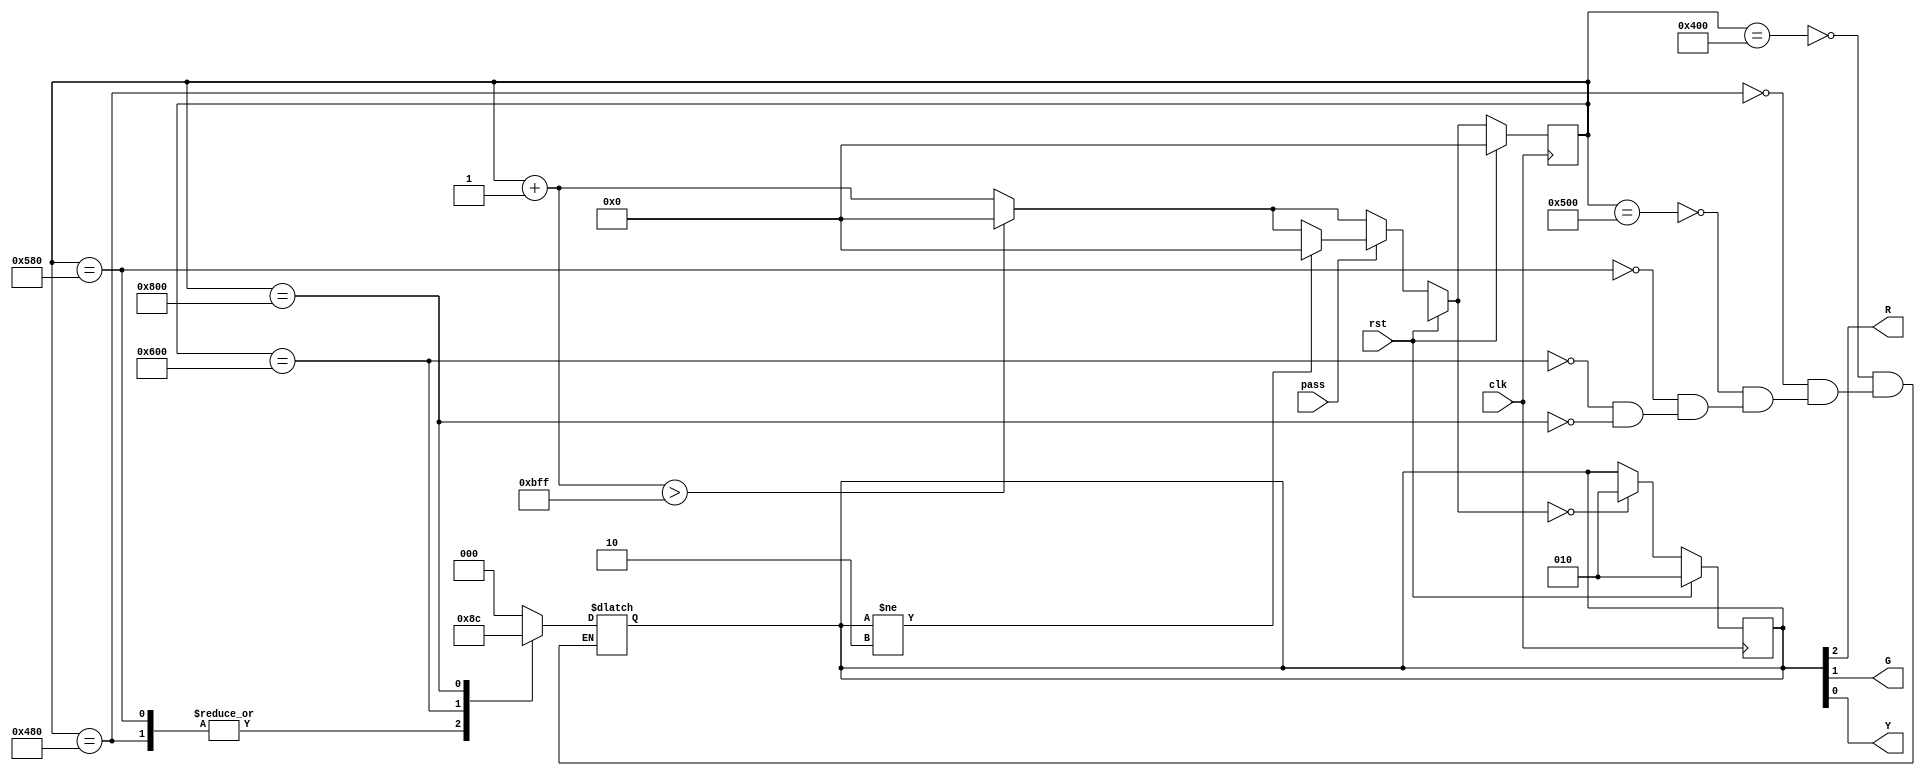
module traffic_light (
    input  clk,
    input  rst,
    input  pass,
    output R,
    output G,
    output Y
);

//write your code here
    reg [2:0]   out;
    reg [11:0]  count_cycle;

    always @(posedge clk) begin
        if (rst)begin
            out <= 3'b010;
            count_cycle <= 12'b0;
        end 
        else begin

            count_cycle = count_cycle+12'b1;
            
            if (count_cycle > 3071) begin
                count_cycle = 12'b0;
            end

            if(pass) begin
                // count_cycle = (out != 3'b010)?12'b1:count_cycle;
                if (out != 3'b010) begin
                    count_cycle = 12'b0;
                end
            end
            
            out = (count_cycle == 12'b0)?3'b010:out;

        end
    end

    always @(*) begin
        
        case (count_cycle)
            16'd1024 :  out = 3'b000;
            16'd1152 :  out = 3'b010;
            16'd1280 :  out = 3'b000;
            16'd1408 :  out = 3'b010;
            16'd1536 :  out = 3'b001;
            16'd2048 :  out = 3'b100;

        endcase
        
    
    end
    assign R = out[2];
    assign G = out[1];
    assign Y = out[0];

endmodule